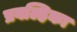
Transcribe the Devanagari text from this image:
प्रवल्हिका